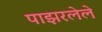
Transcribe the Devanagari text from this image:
पाझरलेले